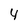
Character: 4